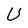
Character: U